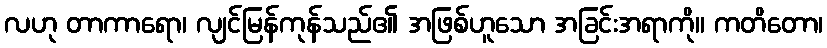
လဟု တာကာရော၊ လျင်မြန်ကုန်သည်၏ အဖြစ်ဟူသော အခြင်းအရာကို။ ကတိတော၊